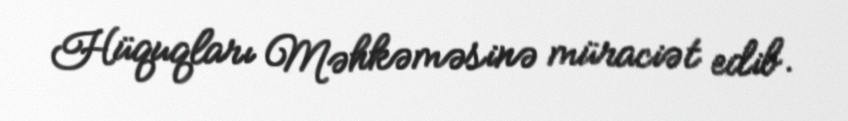
Hüquqları Məhkəməsinə müraciət edib.